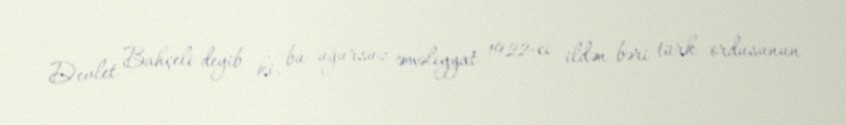
Devlet Bahçeli deyib ki, bu uğursuz əməliyyat 1922-ci ildən bəri türk ordusunun